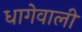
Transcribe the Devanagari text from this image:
धागेवाली